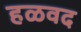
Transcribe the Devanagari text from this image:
हळवद